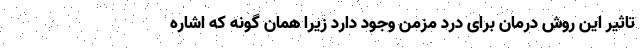
تاثیر این روش درمان برای درد مزمن وجود دارد زیرا همان گونه که اشاره